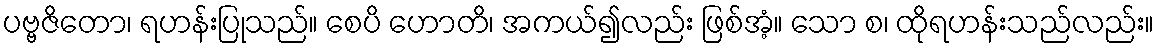
ပဗ္ဗဇိတော၊ ရဟန်းပြုသည်။ စေပိ ဟောတိ၊ အကယ်၍လည်း ဖြစ်အံ့။ သော စ၊ ထိုရဟန်းသည်လည်း။